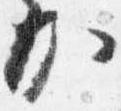
加